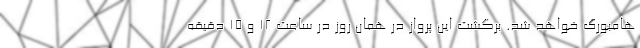
هامبورگ خواهد شد. برگشت این پرواز در همان روز در ساعت ۱۲ و ۱۵ دقیقه